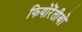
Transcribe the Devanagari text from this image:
फियोरेंतीबो